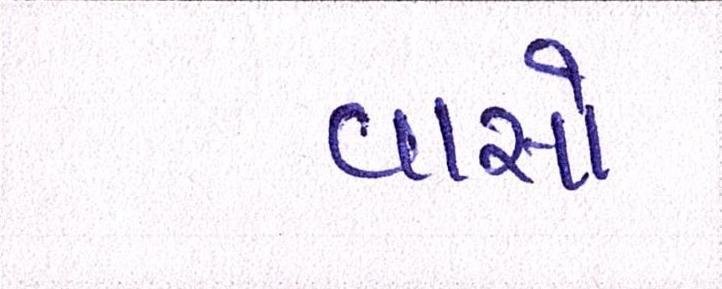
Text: વાસો